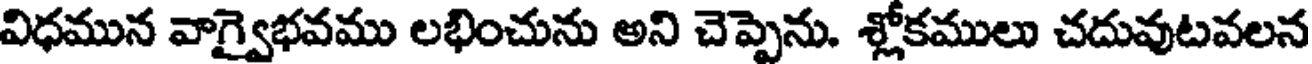
విధమున వాగ్వైభవము లభించును అని చెప్పెను. శ్లోకములు చదువుటవలన